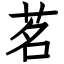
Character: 茗